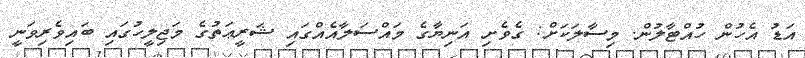
އަޑު އެހުން ހުއްޓާލުން. މިސާލަކަށް: ގެވެށި އަނިޔާގެ މައްސަލާއެއްގައި ޝަރީޢަތުގެ މަޖިލީހުގައި ބައިވެރިވަނީ